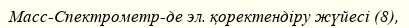
Масс-Спектрометр-де эл. қоректендіру жүйесі (8),